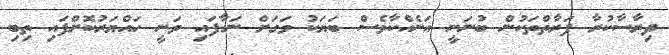
ދިރާސާކުރާ ފަރާތްތަކުން ބުނަނީ އަނެއްކާވެސް ބަޔަކު ވަގަށް ނަގާފައި ވަނީ ހައްޔަރުކޮށްފައި ތިބި